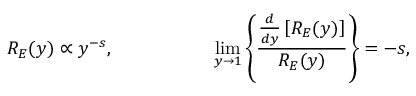
R _ { E } ( y ) \propto y ^ { - s } , ~ ~ ~ ~ ~ ~ ~ ~ ~ ~ ~ ~ ~ ~ ~ ~ \operatorname * { l i m } _ { y \rightarrow 1 } \left\{ \frac { \frac { d } { d y } \left[ R _ { E } ( y ) \right] } { R _ { E } ( y ) } \right\} = - s ,